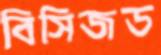
বিসিজড